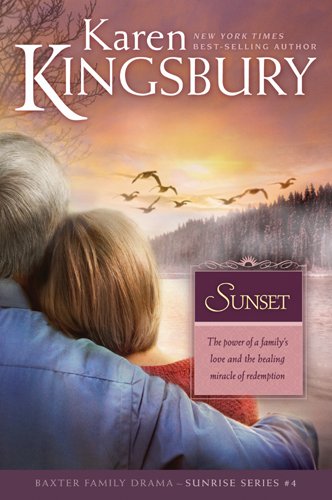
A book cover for Sunset (Sunrise Series-Baxter 3, Book 4); Karen Kingsbury; Romance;